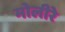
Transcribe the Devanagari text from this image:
मोलीरे